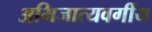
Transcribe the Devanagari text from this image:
अभिजात्यवर्गीय